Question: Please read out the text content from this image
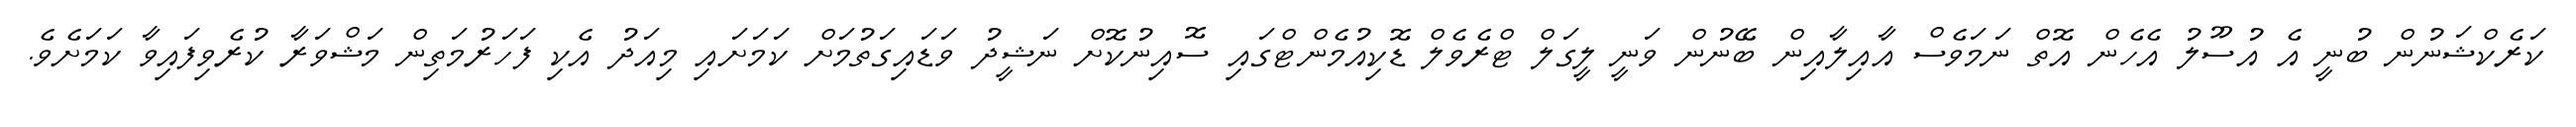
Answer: ކަރެކްޝަނުން ބުނީ އެ އުސޫލު އެހެން އޮތް ނަމަވެސް އާއިލާއިން ބޭނުން ވަނީ ލީގަލް ޓްރެވެލް ޑޮކިއުމެންޓްގައި ސޮއިނުކޮށް ނަޝީދު ވަޑައިގަތުމަށް ކަމަށައި މިއަދު އެކި ފަހަރުމަތިން މަޝްވަރާ ކުރެވިފައިވާ ކަމަށެވެ.